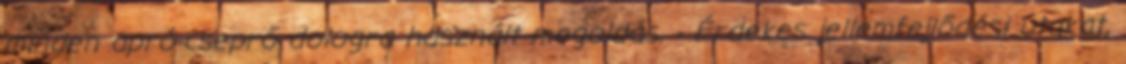
minden apró-cseprő dologra használt megoldás. - Érdekes jellemfejlődési utakat,